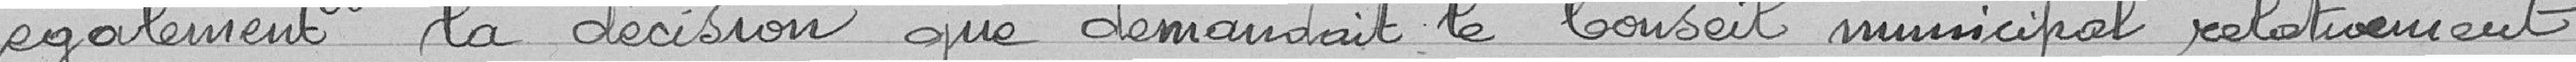
également la décision que demandait le Conseil municipal relativement